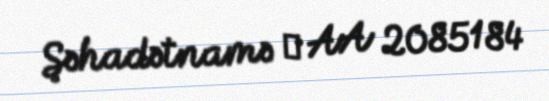
Şəhadətnamə № AA 2085184